Scottish Certificate of Education, 1962
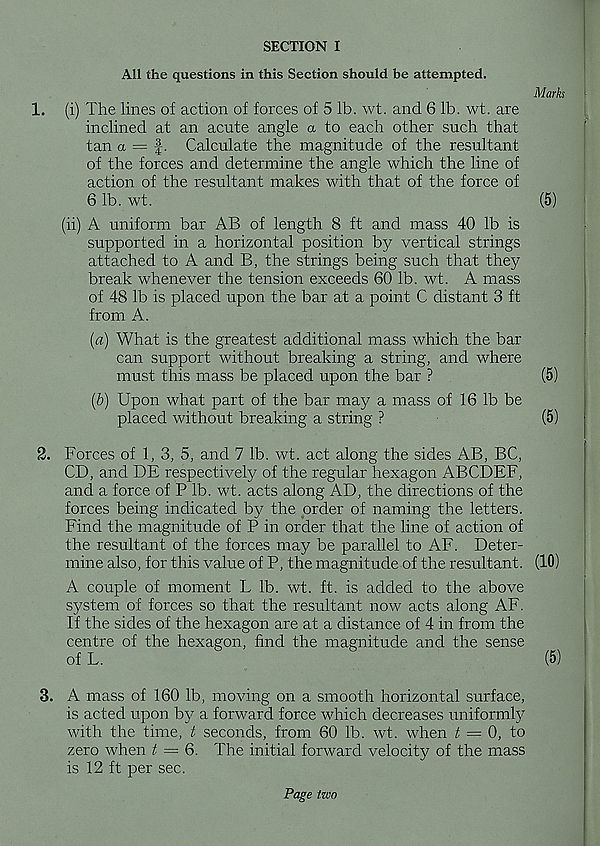
SECTION I
All the questions in this Section should be attempted.
Marks
1. (i) The lines of action of forces of 5 lb. wt. and 6 lb. wt. are
inclined at an acute angle a to each other such that
tan a = f. Calculate the magnitude of the resultant
of the forces and determine the angle which the line of
action of the resultant makes with that of the force of
6 lb. wt.
(5)
(ii) A uniform bar AB of length 8 ft and mass 40 lb is
supported in a horizontal position by vertical strings
attached to A and B, the strings being such that they
break whenever the tension exceeds 60 lb. wt. A mass
of 48 lb is placed upon the bar at a point C distant 3 ft
from A.
(a) What is the greatest additional mass which the bar
can support without breaking a string, and where
must this mass be placed upon the bar ?
(5)
(&) Upon what part of the bar may a mass of 16 lb be
placed without breaking a string ?
(5)
2. Forces of 1,3, 5, and 7 lb. wt. act along the sides AB, BC,
CD, and DE respectively of the regular hexagon ABCDEF,
and a force of P lb. wt. acts along AD, the directions of the
forces being indicated by the order of naming the letters.
Find the magnitude of P in order that the line of action of
the resultant of the forces may be parallel to AF. Deter-
mine also, for this value of P, the magnitude of the resultant. (10)
A couple of moment L lb. wt. ft. is added to the above
system of forces so that the resultant now acts along AF.
If the sides of the hexagon are at a distance of 4 in from the
centre of the hexagon, find the magnitude and the sense
of L.
(5)
3. A mass of 160 lb, moving on a smooth horizontal surface,
is acted upon by a forward force which decreases uniformly
with the time, t seconds, from 60 lb. wt. when t = 0, to
zero when t — 6. The initial forward velocity of the mass
is 12 ft per sec.
Page two